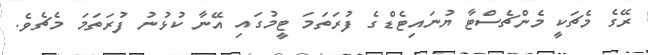
ރޭގެ މެޗަކީ މެންޗެސްޓާ ޔުނައިޓެޑްގެ ފުރަތަމަ ޓީމުގައި އޭނާ ކުޅުނު ފުރަތަމަ މެޗެވެ.